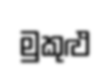
මුකුළු